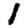
Digit: 1